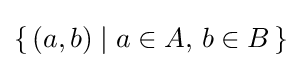
\{\,(a,b)\mid a\in A,\,b\in B\,\}